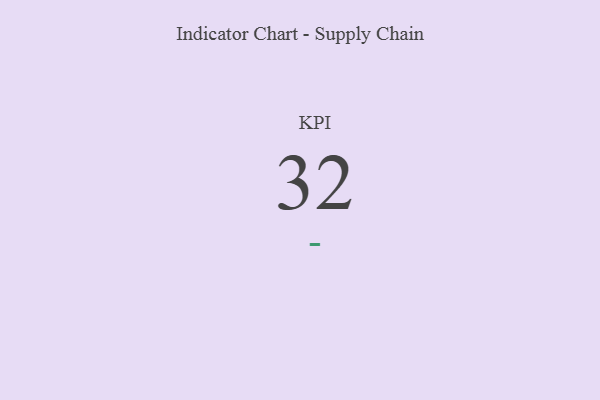
{"axis": {"x": "KPI", "y": "Value"}, "legend": [""], "data": [{"x": "KPI", "y": 32, "type": ""}]}